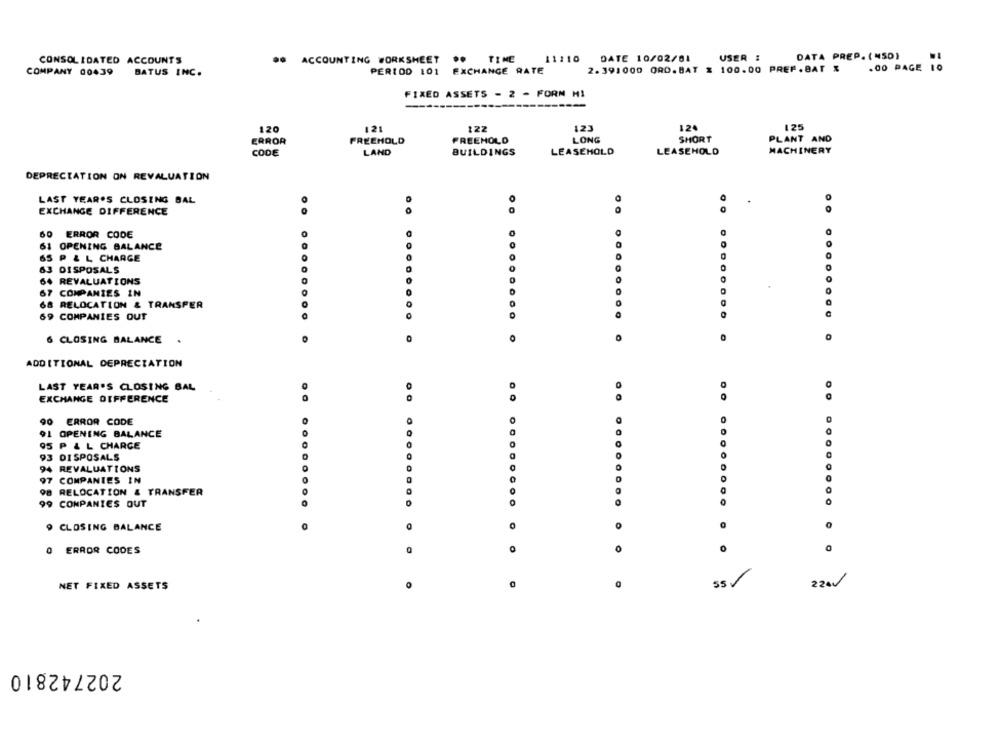
CONSOLIDATED ACCOUNTS
.. ACCOUNTING WORKSHEET .. TIME
11:10
DATE 10/02/81
USER :
DATA PREP. (MSD)
2.391000 ORD.BAT $ 100.00 PREF. BAT &
.00 PAGE 10
COMPANY 00439
BATUS INC.
PERIOD 101 EXCHANGE RATE
FIXED ASSETS - 2 - FORN MI
120
121
122
123
124
1.25
ERROR
FREEHOLD
FREEHOLD
LONG
SHORT
PLANT AND
MACHINERY
CODE
LAND
BUILDINGS
LEASEHOLD
LEASEHOLD
DEPRECIATION ON REVALUATION
LAST YEAR'S CLOSING BAL
EXCHANGE DIFFERENCE
ERROR CODE
6
OPENING BALANCE
65
P &L CHARGE
63
DISPOSALS
0000
O
64 REVALUATIONS
67 COMPANIES IN
68
RELOCATION & TRANSFER
69 COMPANIES OUT
6 CLOSING BALANCE .
ADDITIONAL DEPRECIATION
LAST YEAR'S CLOSING BAL
0
EXCHANGE DIFFERENCE
90 ERROR CODE
91 OPENING BALANCE
95 P & L CHARGE
0
93 DISPOSALS
94 REVALUATIONS
97 COMPANIES IN
RELOCATION & TRANSFER
99 COMPANIES OUT
9 CLOSING BALANCE
0 ERROR CODES
0
0
55
220
NET FIXED ASSETS
202742810